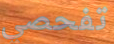
تفحصي